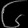
Digit: ၆